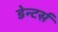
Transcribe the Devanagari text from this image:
डेन्टर्स